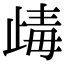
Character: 𣥽